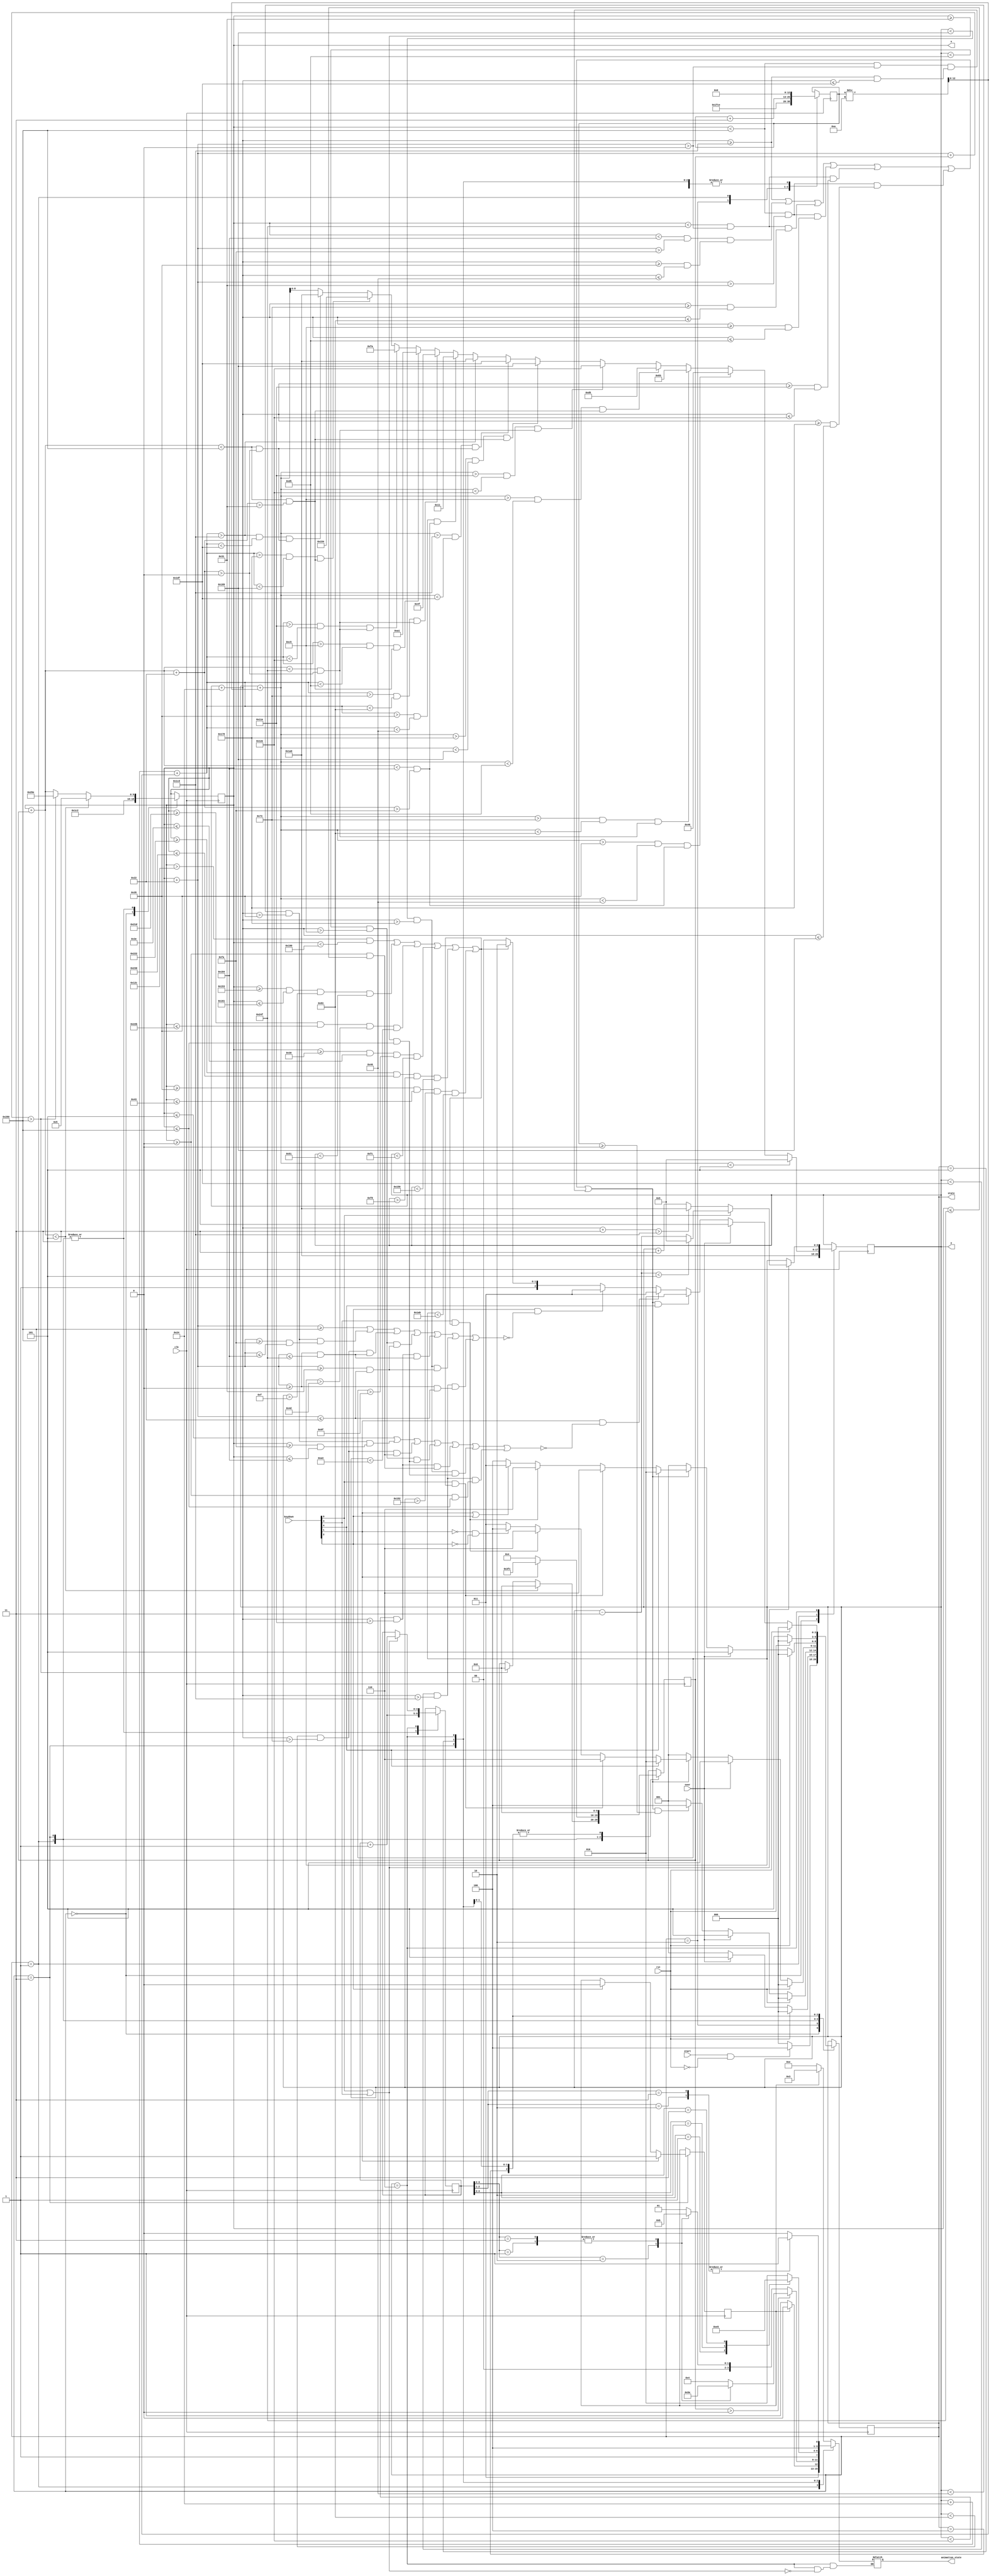
`timescale 1ns / 1ps


module mario(
    input wire clk,
    input wire rst,
    input wire start,
    input wire over,
    input wire [4:0] keydown,
    output reg [9:0] x,
    output reg [8:0] y,
    output reg [2:0] state,
    output reg [3:0] animation_state
    );
    
	 
    localparam MARIO_INITIAL  = 3'b000,
               MARIO_FLYING   = 3'b001,
               MARIO_JUMPING  = 3'b010,
               MARIO_WALKING  = 3'b011,
               MARIO_STANDING = 3'b100,
               MARIO_DYING    = 3'b101,
               MARIO_CLAMPING = 3'b110;

    localparam MARIO_STAND       = 4'b0000,
               MARIO_WALK_LEFT1  = 4'b0001,
               MARIO_WALK_LEFT2  = 4'b0010,
               MARIO_WALK_LEFT3  = 4'b0011,
               MARIO_WALK_RIGHT1 = 4'b0100,
               MARIO_WALK_RIGHT2 = 4'b0101,
               MARIO_WALK_RIGHT3 = 4'b1110,
               MARIO_FLY_LEFT    = 4'b0110,
               MARIO_FLY_RIGHT   = 4'b0111,
               MARIO_CLAMP1      = 4'b1000,
               MARIO_CLAMP2      = 4'b1001,
               MARIO_DIE1        = 4'b1010,
               MARIO_DIE2        = 4'b1011,
               MARIO_DIE3        = 4'b1100,
               MARIO_DIE4        = 4'b1101;

    localparam TOP_BOARD = 9'd5,
               BOTTOM_BOARD = 9'd461,
               LEFT_BOARD = 10'd5,
               RIGHT_BOARD = 10'd640;
    
    localparam land0lx = 10'd250,
               land0ly =  9'd53,
               land0rx = 10'd388,
               land0ry =  9'd70,
               land1lx = 10'd0,
               land1ly =  9'd115,
               land1rx = 10'd591,
               land1ry =  9'd131,
               land2lx = 10'd49,
               land2ly =  9'd197,
               land2rx = 10'd640,
               land2ry =  9'd213,
               land3lx = 10'd0,
               land3ly =  9'd286,
               land3rx = 10'd591,
               land3ry =  9'd302,
               land4lx = 10'd49,
               land4ly =  9'd376,
               land4rx = 10'd640,
               land4ry =  9'd393,
               land5lx = 10'd0,
               land5ly =  9'd461,
               land5rx = 10'd640,
               land5ry =  9'd479;
    
    localparam ladder0lx = 10'd339,
               ladder0ly =  9'd15,
               ladder0rx = 10'd353,
               ladder0ry =  9'd81,
               ladder1lx = 10'd541,
               ladder1ly =  9'd77,
               ladder1rx = 10'd555,
               ladder1ry =  9'd163,
               ladder2lx = 10'd48,
               ladder2ly =  9'd159,
               ladder2rx = 10'd62,
               ladder2ry =  9'd252,
               ladder3lx = 10'd546,
               ladder3ly =  9'd248,
               ladder3rx = 10'd560,
               ladder3ry =  9'd342,
               ladder4lx = 10'd53,
               ladder4ly =  9'd338,
               ladder4rx = 10'd67,
               ladder4ry =  9'd427;

    localparam MARIO_INITIAL_X = 10'd450,
               MARIO_INITIAL_Y = 9'd425;

    localparam MARIO_HEIGHT = 9'd36,
	           MARIO_WIDTH  = 10'd34;

    localparam MOVSPEED_X = 3'd4,
               MOVSPEED_Y = 6'd50,
               CLAMPSPEED = 3'd3,
               ACCELERATION_Y = 3'd3;

//--------------------  to write ----------------------

    // localparam COLLATION_LEFT = 1'b0,
    //            COLLATION_RIGHT = 1'b0,
    //            COLLATION_UP = 1'b0,
    //            COLLATION_DOWN = 1'b1;

    // localparam KEYUP = 1'b0,
    //            KEYDOWN = 1'b0,
    //            KEYJUMP = 1'b0,
    //            KEYLEFT = 1'b0,
    //            KEYRIGHT = 1'b0;

    // localparam EN_CLAMP_DOWN = 1'b0,
    //            EN_CLAMP_UP = 1'b0;

//--------------------  finished ----------------------

    wire COLLATION_LEFT, COLLATION_RIGHT, COLLATION_DOWN, COLLATION_UP;
    
    wire KEYUP, KEYDOWN, KEYLEFT, KEYRIGHT, KEYJUMP;

    wire EN_CLAMP_DOWN, EN_CLAMP_UP;

    assign COLLATION_RIGHT = (x + MARIO_WIDTH  >= RIGHT_BOARD) |
                             (y < land0ry & y + MARIO_HEIGHT > land0ly) & (x + MARIO_WIDTH >= land0lx & x + MARIO_WIDTH <= land0rx) |
                             (y < land1ry & y + MARIO_HEIGHT > land1ly) & (x + MARIO_WIDTH >= land1lx & x + MARIO_WIDTH <= land1rx) |
                             (y < land2ry & y + MARIO_HEIGHT > land2ly) & (x + MARIO_WIDTH >= land2lx & x + MARIO_WIDTH <= land2rx) |
                             (y < land3ry & y + MARIO_HEIGHT > land3ly) & (x + MARIO_WIDTH >= land3lx & x + MARIO_WIDTH <= land3rx) |
                             (y < land4ry & y + MARIO_HEIGHT > land4ly) & (x + MARIO_WIDTH >= land4lx & x + MARIO_WIDTH <= land4rx) |
                             (y < land5ry & y + MARIO_HEIGHT > land5ly) & (x + MARIO_WIDTH >= land5lx & x + MARIO_WIDTH <= land5rx);
    assign COLLATION_LEFT  = (x <= LEFT_BOARD) |
                             ((y < land0ry & y + MARIO_HEIGHT > land0ly) & (x >= land0lx & x <= land0rx)) |
                             ((y < land1ry & y + MARIO_HEIGHT > land1ly) & (x >= land1lx & x <= land1rx)) |
                             ((y < land2ry & y + MARIO_HEIGHT > land2ly) & (x >= land2lx & x <= land2rx)) |
                             ((y < land3ry & y + MARIO_HEIGHT > land3ly) & (x >= land3lx & x <= land3rx)) |
                             ((y < land4ry & y + MARIO_HEIGHT > land4ly) & (x >= land4lx & x <= land4rx)) |
                             ((y < land5ry & y + MARIO_HEIGHT > land5ly) & (x >= land5lx & x <= land5rx));
    assign COLLATION_DOWN  = (y + MARIO_HEIGHT >= BOTTOM_BOARD) | 
                             ((x < land0rx & x + MARIO_WIDTH > land0lx) & (y + MARIO_HEIGHT >= land0ly & y + MARIO_HEIGHT <= land0ry)) |
                             ((x < land1rx & x + MARIO_WIDTH > land1lx) & (y + MARIO_HEIGHT >= land1ly & y + MARIO_HEIGHT <= land1ry)) |
                             ((x < land2rx & x + MARIO_WIDTH > land2lx) & (y + MARIO_HEIGHT >= land2ly & y + MARIO_HEIGHT <= land2ry)) |
                             ((x < land3rx & x + MARIO_WIDTH > land3lx) & (y + MARIO_HEIGHT >= land3ly & y + MARIO_HEIGHT <= land3ry)) |
                             ((x < land4rx & x + MARIO_WIDTH > land4lx) & (y + MARIO_HEIGHT >= land4ly & y + MARIO_HEIGHT <= land4ry)) |
                             ((x < land5rx & x + MARIO_WIDTH > land5lx) & (y + MARIO_HEIGHT >= land5ly & y + MARIO_HEIGHT <= land5ry));
    assign COLLATION_UP    = (y <= TOP_BOARD) |
                             ((x < land0rx & x + MARIO_WIDTH > land0lx) & (y >= land0ly & y <= land0ry)) |
                             ((x < land1rx & x + MARIO_WIDTH > land1lx) & (y >= land1ly & y <= land1ry)) |
                             ((x < land2rx & x + MARIO_WIDTH > land2lx) & (y >= land2ly & y <= land2ry)) |
                             ((x < land3rx & x + MARIO_WIDTH > land3lx) & (y >= land3ly & y <= land3ry)) |
                             ((x < land4rx & x + MARIO_WIDTH > land4lx) & (y >= land4ly & y <= land4ry)) |
                             ((x < land5rx & x + MARIO_WIDTH > land5lx) & (y >= land5ly & y <= land5ry));

    // localparam up =4'b0001, 
    //            left = 4'b0010, 
    //            right = 4'b0011, 
    //            down = 4'b0100, 
    //            jump = 4'b1000;

    assign KEYUP    = keydown[0];
    assign KEYLEFT  = keydown[1];
    assign KEYRIGHT = keydown[2];
    assign KEYDOWN  = keydown[3];
    assign KEYJUMP  = keydown[4];

    assign EN_CLAMP_UP   = (x > 300 && x < 400) | 
                           (x >= ladder0lx & x <= ladder0rx & y > ladder0ly & y < ladder0ry) |
                           (x >= ladder1lx & x <= ladder1rx & y > ladder1ly & y < ladder1ry) |
                           (x >= ladder2lx & x <= ladder2rx & y > ladder2ly & y < ladder2ry) |
                           (x >= ladder3lx & x <= ladder3rx & y > ladder3ly & y < ladder3ry) |
                           (x >= ladder4lx & x <= ladder4rx & y > ladder4ly & y < ladder4ry);
    assign EN_CLAMP_DOWN = (x > 300 && x < 400) |
                           (x >= ladder0lx & x <= ladder0rx & y > ladder0ly & y < ladder0ry) |
                           (x >= ladder1lx & x <= ladder1rx & y > ladder1ly & y < ladder1ry) |
                           (x >= ladder2lx & x <= ladder2rx & y > ladder2ly & y < ladder2ry) |
                           (x >= ladder3lx & x <= ladder3rx & y > ladder3ly & y < ladder3ry) |
                           (x >= ladder4lx & x <= ladder4rx & y > ladder4ly & y < ladder4ry);

//--------------------    End    ----------------------

    reg signed [9:0] SPEED_X;
    wire signed [12:0] SPEED_Y;
    reg signed [12:0] SPEED_Y10x;

    assign SPEED_Y = SPEED_Y10x / 10;

    reg [2:0] next_state;
    reg [4:0] animation_counter;
    reg last_direction;
    
    initial begin
        x = MARIO_INITIAL_X;
        y = MARIO_INITIAL_Y;
        SPEED_X = 0;
        SPEED_Y10x = 0;
        state = MARIO_INITIAL;
        next_state = MARIO_INITIAL;
        animation_state = MARIO_STAND;
        animation_counter = 0;
        last_direction = 1'b1;
    end
    //
    always@ (posedge clk) begin
        state <= next_state;
        case (state)
            MARIO_INITIAL: begin
                x <= MARIO_INITIAL_X;
                y <= MARIO_INITIAL_Y;
            end
				//
            MARIO_JUMPING: begin
                SPEED_Y10x <= -MOVSPEED_Y;
            end
				
            MARIO_FLYING: begin
                animation_counter <= animation_counter + 1'b1;
                if(y + SPEED_Y < TOP_BOARD) begin
                    y <= TOP_BOARD;
                    SPEED_Y10x <= 0;
                end
                else if((y + SPEED_Y > land0ly & y + SPEED_Y < land0ry) & (x + SPEED_X < land0rx & x + SPEED_X + MARIO_WIDTH > land0lx)) begin
                    y <= land0ry;
                    SPEED_Y10x <= 0;
                end
                else if((y + SPEED_Y > land1ly & y + SPEED_Y < land1ry) & (x + SPEED_X < land1rx & x + SPEED_X + MARIO_WIDTH > land1lx)) begin
                    y <= land1ry;
                    SPEED_Y10x <= 0;
                end
                else if((y + SPEED_Y > land2ly & y + SPEED_Y < land2ry) & (x + SPEED_X < land2rx & x + SPEED_X + MARIO_WIDTH > land2lx)) begin
                    y <= land2ry;
                    SPEED_Y10x <= 0;
                end
                else if((y + SPEED_Y > land3ly & y + SPEED_Y < land3ry) & (x + SPEED_X < land3rx & x + SPEED_X + MARIO_WIDTH > land3lx)) begin
                    y <= land3ry;
                    SPEED_Y10x <= 0;
                end
                else if((y + SPEED_Y > land4ly & y + SPEED_Y < land4ry) & (x + SPEED_X < land4rx & x + SPEED_X + MARIO_WIDTH > land4lx)) begin
                    y <= land4ry;
                    SPEED_Y10x <= 0;
                end
                else if((y + SPEED_Y > land5ly & y + SPEED_Y < land5ry) & (x + SPEED_X < land5rx & x + SPEED_X + MARIO_WIDTH > land5lx)) begin
                    y <= land5ry;
                    SPEED_Y10x <= 0;
                end
                else if(y + MARIO_HEIGHT + SPEED_Y > BOTTOM_BOARD) begin
                    y <= BOTTOM_BOARD - MARIO_HEIGHT;
                    SPEED_Y10x <= 0;
                end
                else if((y + MARIO_HEIGHT + SPEED_Y > land0ly & y + MARIO_HEIGHT + SPEED_Y < land0ry) & (x + SPEED_X < land0rx & x + SPEED_X + MARIO_WIDTH > land0lx)) begin
                    y <= land0ly - MARIO_HEIGHT;
                    SPEED_Y10x <= 0;
                end
                else if((y + MARIO_HEIGHT + SPEED_Y > land1ly & y + MARIO_HEIGHT + SPEED_Y < land1ry) & (x + SPEED_X < land1rx & x + SPEED_X + MARIO_WIDTH > land1lx)) begin
                    y <= land1ly - MARIO_HEIGHT;
                    SPEED_Y10x <= 0;
                end
                else if((y + MARIO_HEIGHT + SPEED_Y > land2ly & y + MARIO_HEIGHT + SPEED_Y < land2ry) & (x + SPEED_X < land2rx & x + SPEED_X + MARIO_WIDTH > land2lx)) begin
                    y <= land2ly - MARIO_HEIGHT;
                    SPEED_Y10x <= 0;
                end
                else if((y + MARIO_HEIGHT + SPEED_Y > land3ly & y + MARIO_HEIGHT + SPEED_Y < land3ry) & (x + SPEED_X < land3rx & x + SPEED_X + MARIO_WIDTH > land3lx)) begin
                    y <= land3ly - MARIO_HEIGHT;
                    SPEED_Y10x <= 0;
                end
                else if((y + MARIO_HEIGHT + SPEED_Y > land4ly & y + MARIO_HEIGHT + SPEED_Y < land4ry) & (x + SPEED_X < land4rx & x + SPEED_X + MARIO_WIDTH > land4lx)) begin
                    y <= land4ly - MARIO_HEIGHT;
                    SPEED_Y10x <= 0;
                end
                else if((y + MARIO_HEIGHT + SPEED_Y > land5ly & y + MARIO_HEIGHT + SPEED_Y < land5ry) & (x + SPEED_X < land5rx & x + SPEED_X + MARIO_WIDTH > land5lx)) begin
                    y <= land5ly - MARIO_HEIGHT;
                    SPEED_Y10x <= 0;
                end
                else y <= y + SPEED_Y;
                if(x + SPEED_X < LEFT_BOARD) begin
                    x <= LEFT_BOARD;
                    SPEED_X <= 0;
                end
                else if(x + MARIO_WIDTH + SPEED_X > RIGHT_BOARD) begin
                    x <= RIGHT_BOARD - MARIO_WIDTH;
                    SPEED_X <= 0;
                end
                else x <= x + SPEED_X;
                SPEED_Y10x <= SPEED_Y10x + ACCELERATION_Y;
            end
            MARIO_WALKING: begin
                animation_counter <= animation_counter + 1'b1;
                SPEED_Y10x <= 0;
                if(KEYLEFT) begin
                    SPEED_X <= -MOVSPEED_X;
                    last_direction <= 1;
                end
                else if(KEYRIGHT) begin
                    SPEED_X <= MOVSPEED_X;
                    last_direction <= 0;
                end
                else begin
                    SPEED_X <= MOVSPEED_X;
                end
                if(x + SPEED_X < LEFT_BOARD)
                    x <= LEFT_BOARD;
                else if(x + MARIO_WIDTH + SPEED_X > RIGHT_BOARD)
                    x <= RIGHT_BOARD - MARIO_WIDTH;
                else x <= x + SPEED_X;
            end
            MARIO_STANDING: begin
                SPEED_X <= 0;
                SPEED_Y10x <= 0;
            end
            MARIO_DYING: begin
                SPEED_X <= 0;
                SPEED_Y10x <= 0;
            end
            MARIO_CLAMPING: begin
                SPEED_X <= 0;
                SPEED_Y10x <= 0;
                if(KEYUP | KEYDOWN) begin
                    animation_counter <= animation_counter + 1'b1;
                    if(KEYUP) begin
                        if(y - CLAMPSPEED < TOP_BOARD)
                            y <= TOP_BOARD;
                        else y <= y - CLAMPSPEED;
                    end
                    else begin
                        if(y + MARIO_HEIGHT + CLAMPSPEED > BOTTOM_BOARD)
                            y <= BOTTOM_BOARD - MARIO_HEIGHT;
                        else y <= y + CLAMPSPEED;
                    end
                end
            end
        endcase
    end

    always@ (*) begin
        case(state)
            MARIO_FLYING: begin
                if(last_direction) animation_state = MARIO_FLY_LEFT;
                else animation_state = MARIO_FLY_RIGHT;
            end
            MARIO_WALKING: begin
                if(SPEED_X > 0) begin
                    case (animation_counter[3:2])
                        2'b00: animation_state = MARIO_WALK_RIGHT1;
                        2'b01: animation_state = MARIO_WALK_RIGHT3;
                        2'b10: animation_state = MARIO_WALK_RIGHT2;
                        2'b11: animation_state = MARIO_WALK_RIGHT3;
                    endcase
                end
                else begin
                    case (animation_counter[3:2])
                        2'b00: animation_state = MARIO_WALK_LEFT1;
                        2'b01: animation_state = MARIO_WALK_LEFT3;
                        2'b10: animation_state = MARIO_WALK_LEFT2;
                        2'b11: animation_state = MARIO_WALK_LEFT3;
                    endcase
                end
            end
            MARIO_DYING: begin
                case (animation_counter[4:3])
                    2'b00: animation_state = MARIO_DIE1;
                    2'b01: animation_state = MARIO_DIE2;
                    2'b10: animation_state = MARIO_DIE3;
                    2'b11: animation_state = MARIO_DIE4;
                endcase
            end
            MARIO_CLAMPING: begin
                if(KEYDOWN | KEYUP) begin
                    case (animation_counter[2:1])
                        2'b00: animation_state = MARIO_CLAMP1;
                        2'b01: animation_state = MARIO_CLAMP1;
                        2'b10: animation_state = MARIO_CLAMP2;
                        2'b11: animation_state = MARIO_CLAMP2;
                    endcase
                end
                // else animation_state = MARIO_CLAMP1;
            end
            default: animation_state = last_direction ? MARIO_WALK_LEFT3 : MARIO_WALK_RIGHT3;
        endcase
    end

    always@ (*) begin
        next_state = state;
        case(state)
            MARIO_INITIAL: begin
                if(start & (~rst)) next_state = MARIO_STANDING;
                else next_state = MARIO_INITIAL;
            end
            MARIO_JUMPING: begin
                if(rst) next_state = MARIO_INITIAL;
                else if(over) next_state = MARIO_DYING;
                else next_state = MARIO_FLYING;
            end
            MARIO_FLYING: begin
                if(rst) next_state = MARIO_INITIAL;
                else if(over) next_state = MARIO_DYING;
                else if(COLLATION_DOWN & (SPEED_Y10x >= 0)) next_state = MARIO_STANDING;
                else next_state = MARIO_FLYING;
            end
            MARIO_WALKING: begin
                if(rst) next_state = MARIO_INITIAL;
                else if(over) next_state = MARIO_DYING;
                else if(~COLLATION_DOWN) next_state = MARIO_FLYING;
                else if(KEYJUMP) next_state = MARIO_JUMPING;
                else if(KEYUP & EN_CLAMP_UP) next_state = MARIO_CLAMPING;
                else if(KEYDOWN & EN_CLAMP_DOWN) next_state = MARIO_CLAMPING;
                else if((~KEYLEFT) & (~KEYRIGHT)) next_state = MARIO_STANDING;
                else next_state = MARIO_WALKING;
            end
            MARIO_STANDING: begin
                if(rst) begin
                    next_state = MARIO_INITIAL;
                end
                else if(over) begin
                    next_state = MARIO_DYING;
                end
                else if(~COLLATION_DOWN) begin
                    next_state = MARIO_FLYING;
                end
                else if(KEYJUMP) begin
                    next_state = MARIO_JUMPING;
                end
                else if(KEYUP & EN_CLAMP_UP) begin
                    next_state = MARIO_CLAMPING;
                end
                else if(KEYDOWN & EN_CLAMP_DOWN) begin
                    next_state = MARIO_CLAMPING;
                end
                else if(KEYLEFT | KEYRIGHT) begin
                    next_state = MARIO_WALKING;
                end
                else next_state = MARIO_STANDING;
            end
            MARIO_DYING: begin
                if(rst) begin
                    next_state = MARIO_INITIAL;
                end
                else next_state = MARIO_DYING;
            end
            MARIO_CLAMPING: begin
                if(rst) begin
                    next_state = MARIO_INITIAL;
                end
                else if(over) begin
                    next_state = MARIO_DYING;
                end
                else if(COLLATION_DOWN & KEYJUMP) begin
                    next_state = MARIO_JUMPING;
                end
                else if(KEYLEFT & (~COLLATION_LEFT)) begin
                    next_state = MARIO_WALKING;
                end
                else if(KEYRIGHT & (~COLLATION_RIGHT)) begin
                    next_state = MARIO_WALKING;
                end
                else if(EN_CLAMP_UP | EN_CLAMP_DOWN) begin
                    next_state = MARIO_CLAMPING;
                end
                else begin
                    next_state = MARIO_STANDING;
                end
            end
        endcase
    end

endmodule